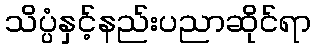
သိပ္ပံနှင့်နည်းပညာဆိုင်ရာ